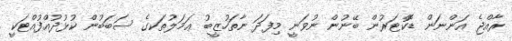
ރާއްޖެ އަންނަން ޑޮކްޓަރުން ބޭނުން ނުވަނީ މިފަދަ ނާތަހުޒީބު ޢަމަލުތަކގެ ސަބަބުން ކުޅުދުއްފުއްޓަކީ